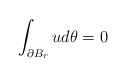
\begin{align*}\int_{\partial B_r} u d\theta=0\end{align*}